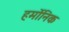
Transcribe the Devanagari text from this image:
हर्मोनिक